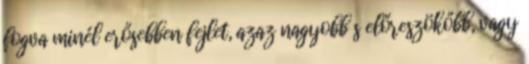
fogva minél erősebben fejlet, azaz nagyobb s előreszökőbb, vagy